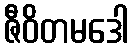
ဇီဝိတမဒေါ